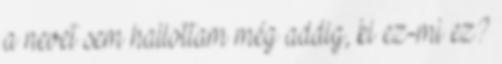
a nevet sem hallottam még addig, ki ez-mi ez?